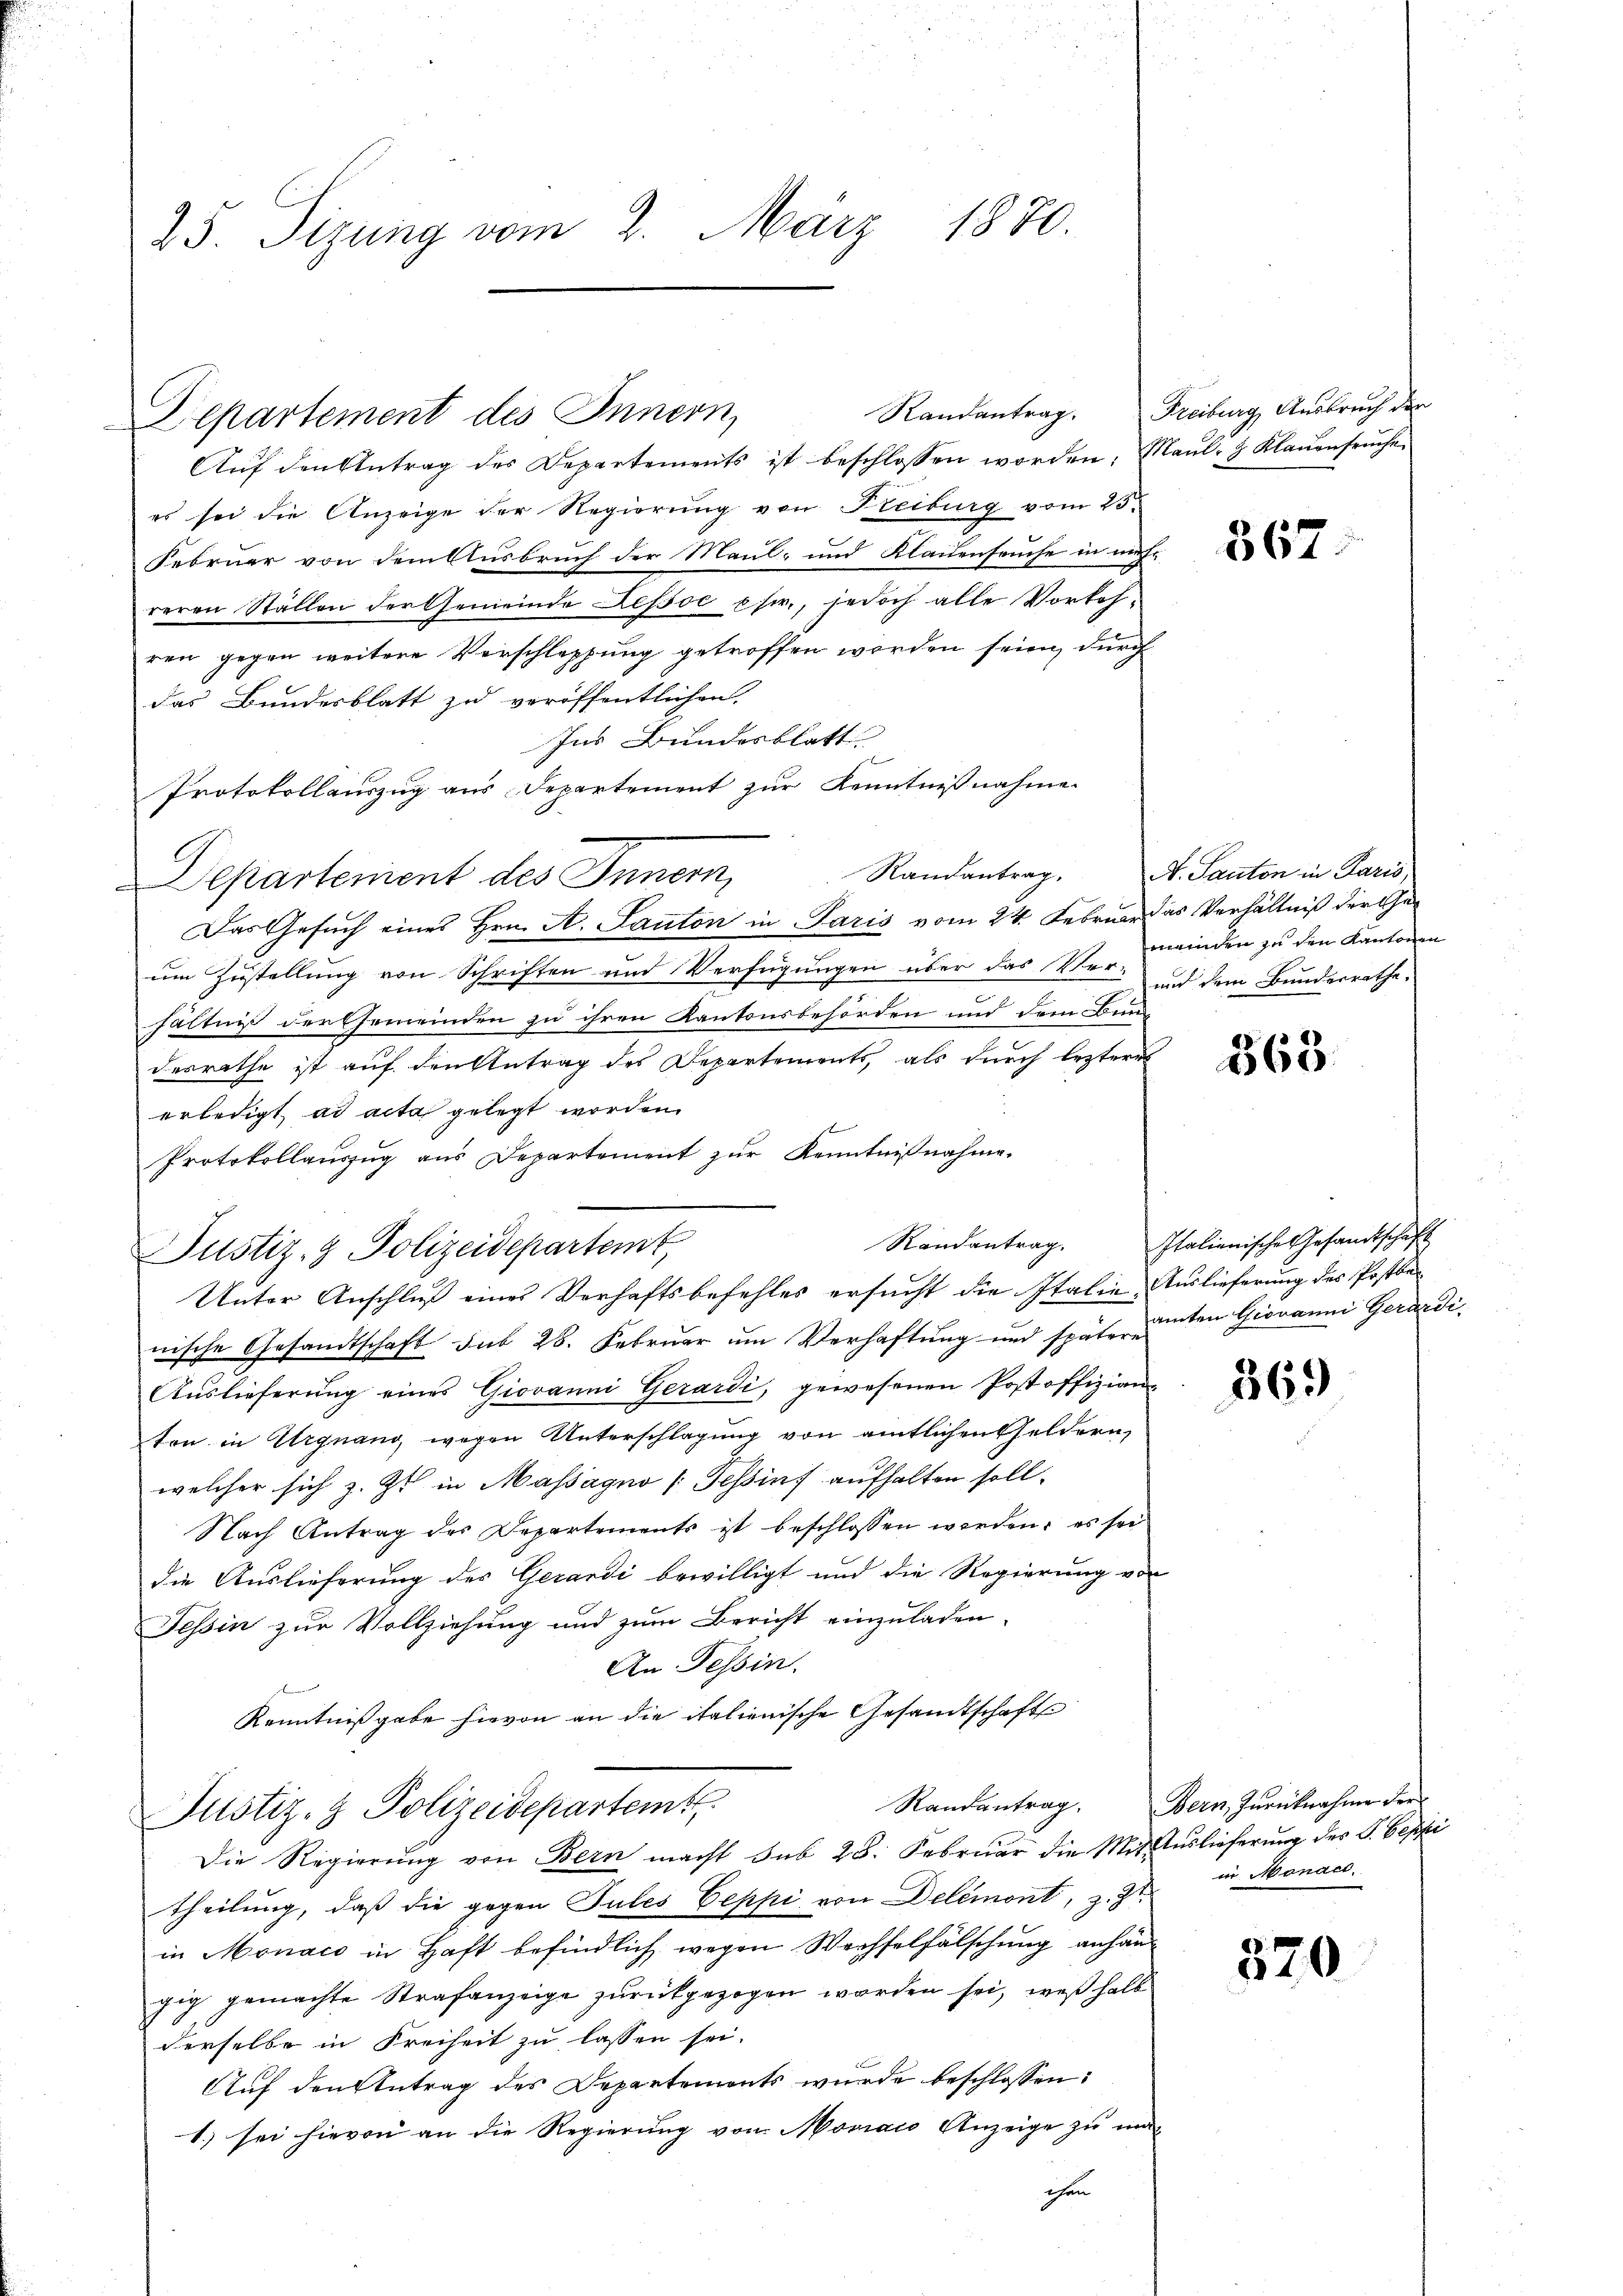
25. Sizung vom 2. März 1870.

Departement des Innern,

Aŭf den Antrag des Departements ist beschlossen worden, Maul- & Klaŭenfrüche
es sei die Anzeige der Regierung von Freiburg vom 23.
Februar von dem Ausbruch der Maul- und Kleidenseuche in mich
reren Ställen der Gemeinde Repsoć p fr., jedoch alle Vorkehren gegen weitere Verschleppung getroffen worden seien, durch
das Bundesblatt zu veröffentlichen
Ins Bundesblatt
Protokollauszug aus Departement zur Kenntnißnahme
Departement des Innern,
Das Gesuch eines Hrn. A. Kanton in Paris vom 24. Februar das Verhältniß der Geum Zustellung von Schriften und Verfügungen über das Ver- und dem Bundesrathe
hältniß der Gemeinden zu ihren Kantonsbehörden und dem Bund
desrathe ist auf den Antrag des Departements, als durch lezteres
erledigt ad acta gelegt worden.
Protokollauszug aus Departement zur Kenntnißnahme.
Randantrag.
Justiz- & Polizeidepartemt,
Unter Anschluß eines Verhaftsbefehles ersucht die Italie Auslieferung des Postbenische Gesandtschaft sub 28. Februar um Verhaftung und späterntem Giovanni Gerardi,
Aŭslieferŭng eines Giovanni Gerardi, gewesenen Post offizian
ton in Urgnano, wegen Unterschlagung von amtlichen Geldern,
welcher sich z. Z. in Massagno (Tessinf aufhalten soll.
Nach Antrag des Departements ist beschlossen worden, es sei
die Auslieferung des Gerardi bewilligt und die Regierung von
Tessin zur Vollziehung und zum Bericht einzuladen,
An Tessin.
Kenntnißgabe hievon an die italienische Gesandtschaft
Randantrag.
Justiz- & Polizeidepartemt
Die Regierung von Bern macht sub 28. Februar die Mit Auslieferung des S. Seppi
theilung, daß die gegen Tules Ceppi von Delémont, z. Zt
in Monaco in Haft befindlich wegen Wechselfälschung anhängig gemachte Strafanzeige zurückgezogen worden sei, weßhalb
derselbe in Freiheit zu lassen sei.
Auf den Antrag des Departements wurde beschlossen:
1.) sei hievon an die Regierung von Moviaco Anzeige zu ma
chen

Randantrag. Freiburg, Ausbruch der

367

Randantrag. N. Santon in Paris
meinden zu den Kantonen

363.

Italienisches Gesandtschaft

369

Bern, Zurücknahme der
in Monac

520